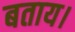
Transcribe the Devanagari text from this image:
बताय।